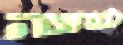
למחצה